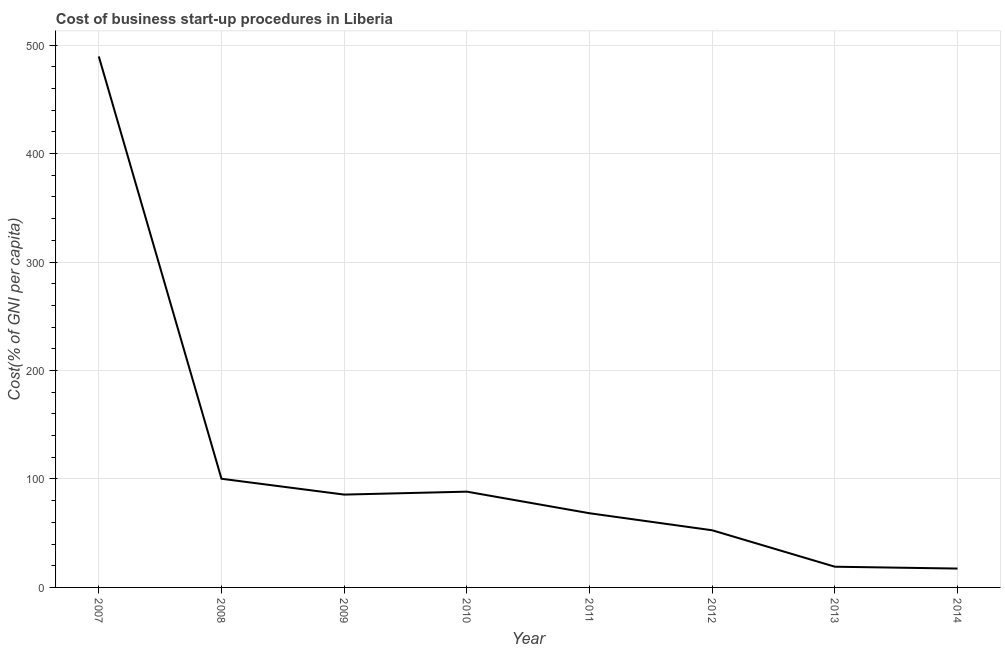
| Year | Cost |
 | --- | --- |
 | 2007 | 490 |
 | 2008 | 100 |
 | 2009 | 85.6 |
 | 2010 | 88.3 |
 | 2011 | 68.4 |
 | 2012 | 52.7 |
 | 2013 | 19.1 |
 | 2014 | 17.4 |